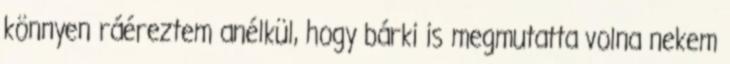
könnyen ráéreztem anélkül, hogy bárki is megmutatta volna nekem